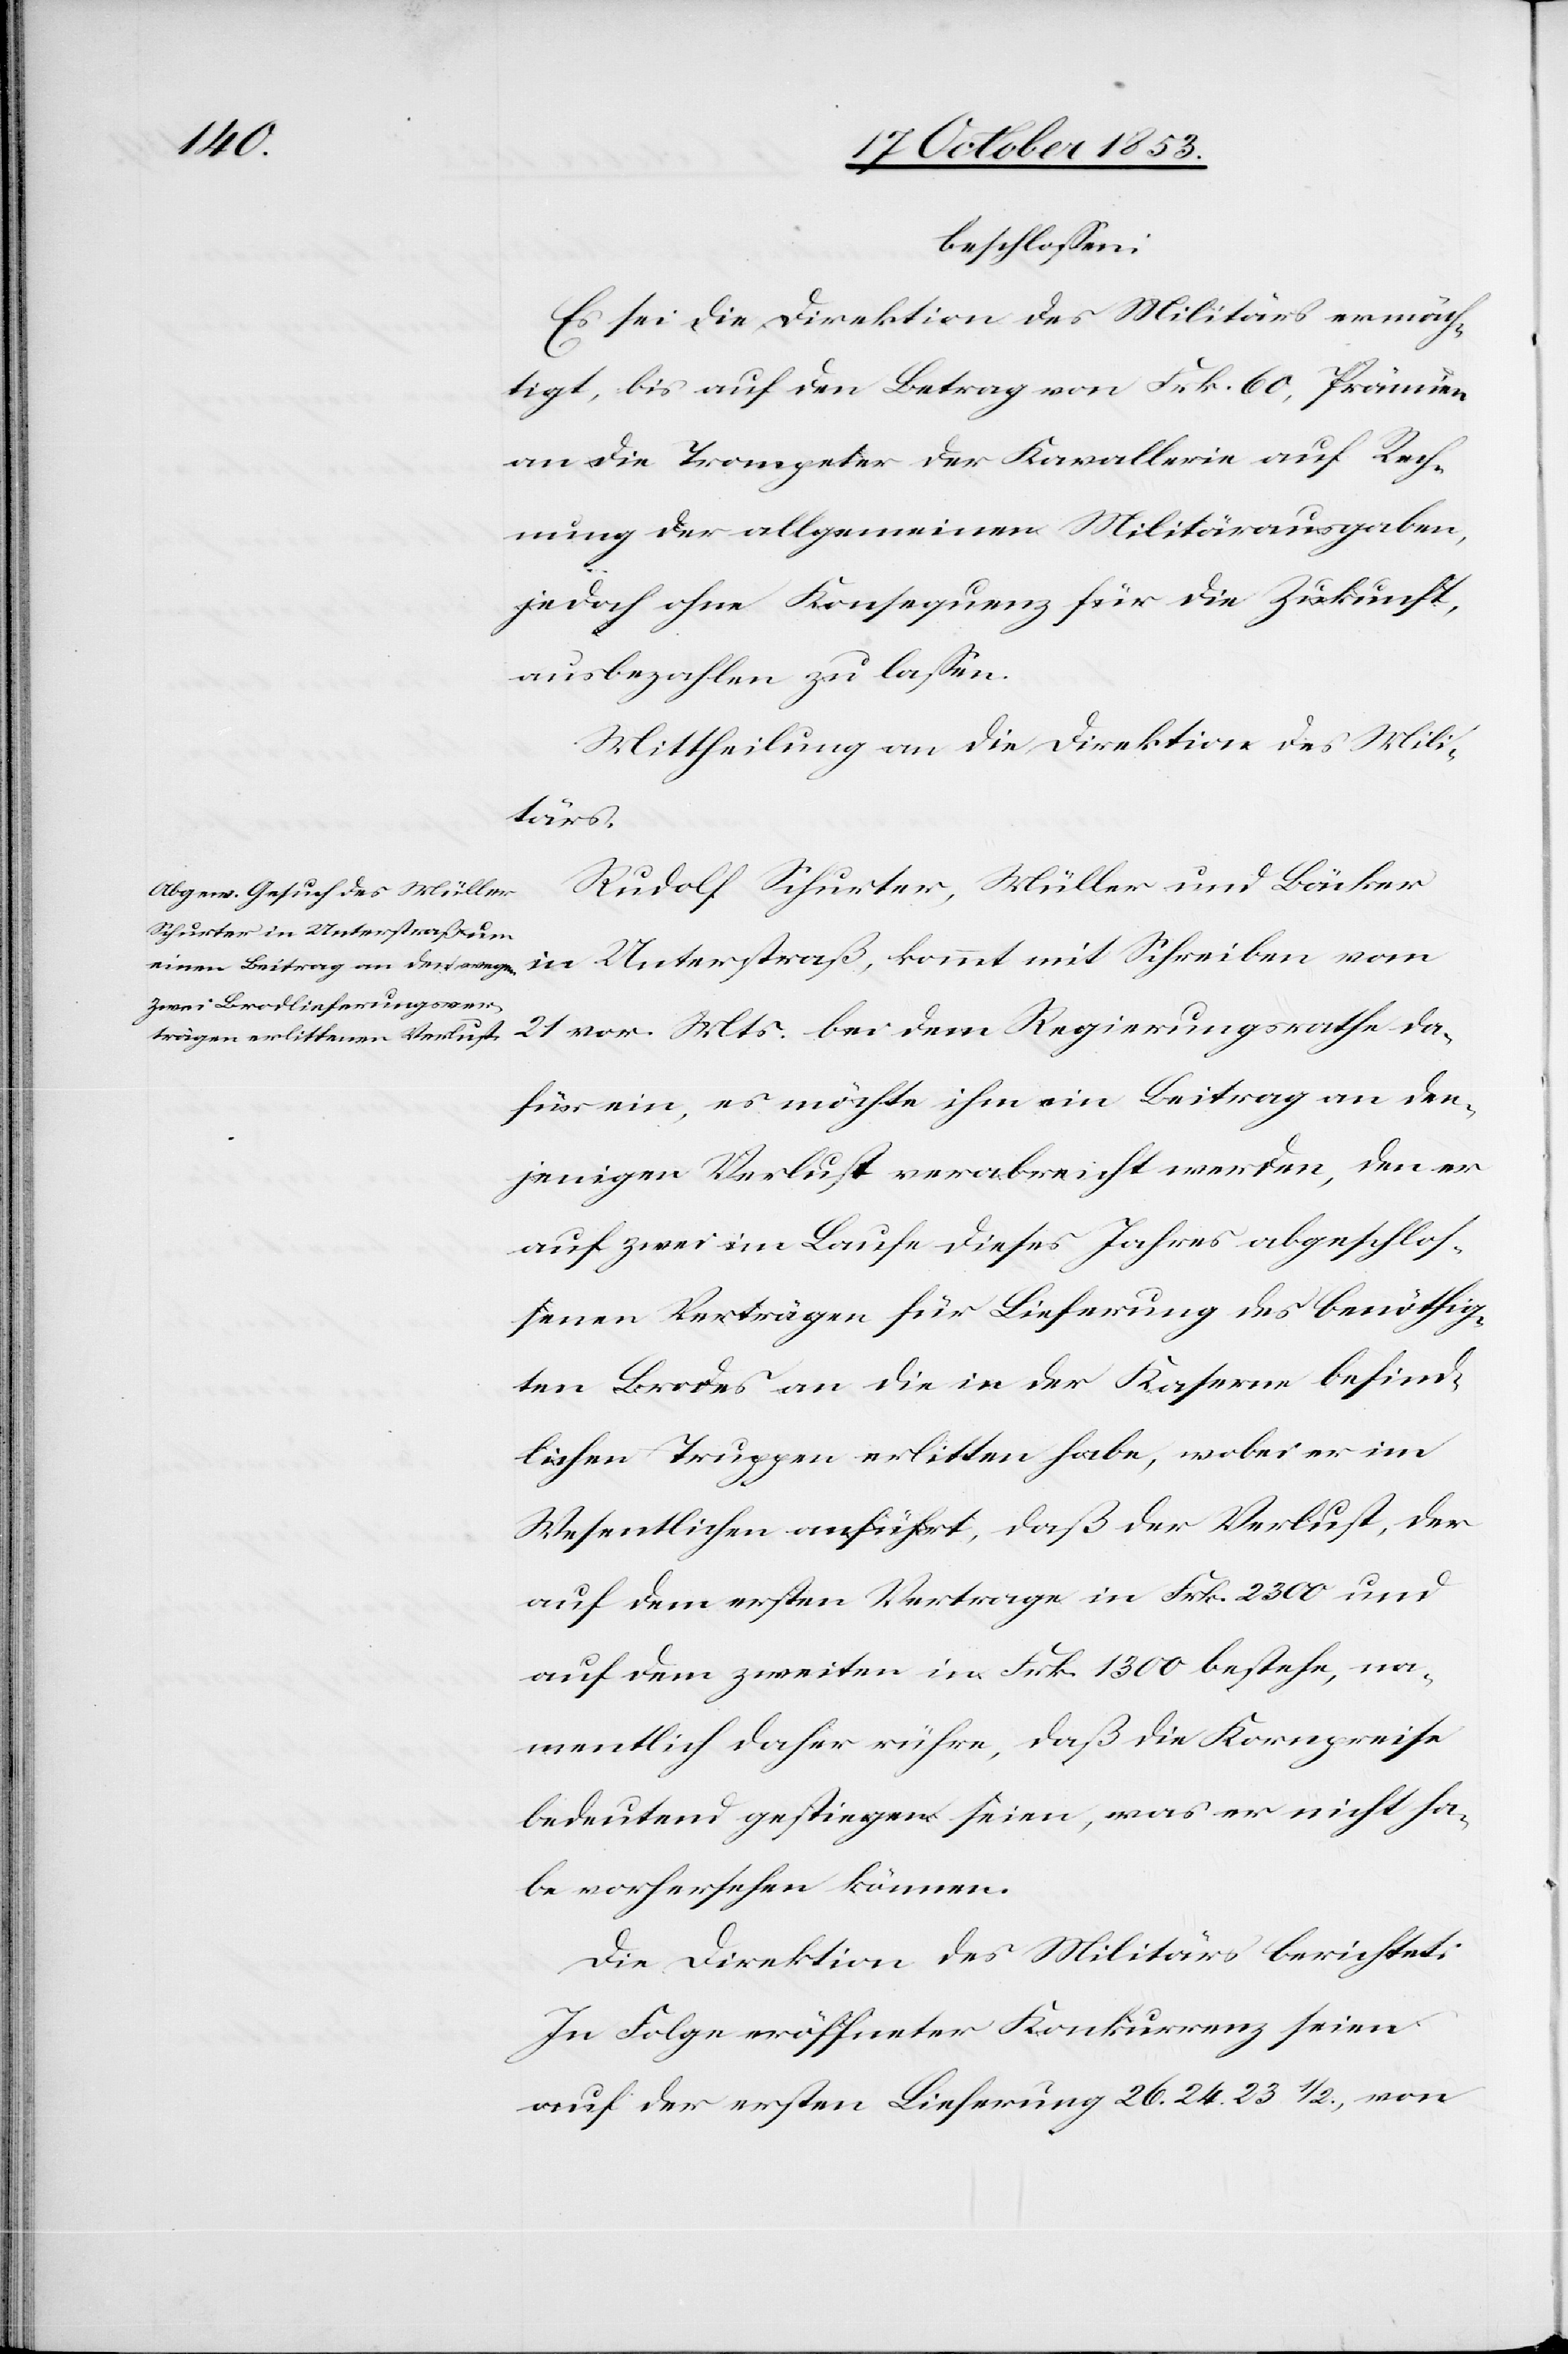
Mts.
beschloßen:
Es sei die Direktion des Militärs ermäch¬
tigt, bis auf den Betrag von Frk. 60, Prämien
an die Trompeter der Kavallerie auf Rech¬
nung der allgemeinen Militärausgaben,
da¬
jedoch ohne Konsequenz für die Zukunft,
ausbezahlen zu laßen.
Mittheilung an die Direktion des Mili¬
tärs.
Rudolf Schurter, Müller und Bäcker
in Unterstraß, kommt mit Schreiben vom
für ein, es möchte ihm ein Beitrag an den¬
jenigen Verlust verabreicht werden, den er
auf zwei im Laufe dieses Jahres abgeschlos¬
senen Verträgen für Lieferung des benöthig¬
ten Brodes an die in der Kaserne befind¬
lichen Truppen erlitten habe, wobei er im
Wesentlichen anführt, daß der Verlust, der
auf dem ersten Vertrage in Frk. 2300 und
auf dem zweiten in Frk. 1300 bestehe, na¬
mentlich daher rühre, daß die Kornpreise
bedeutend gestiegen seien, was es nicht ha¬
be vorhersehen können.
Die Direktion des Militärs berichtet:
In Folge eröffneter Konkurrenz seien
auf der ersten Lieferung 26. 24. 23 1/2., von